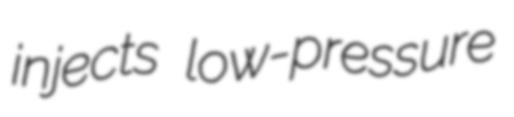
injects low-pressure